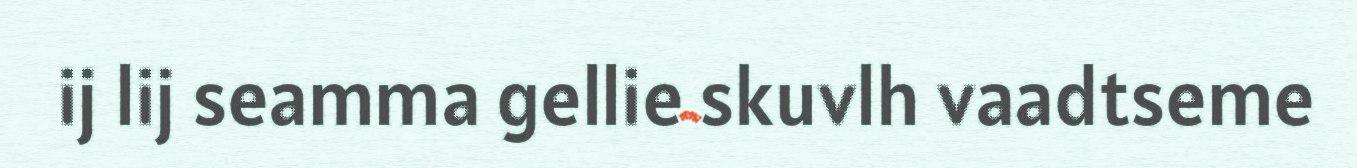
ij lij seamma gellie skuvlh vaadtseme